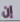
إن